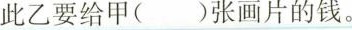
此乙要给甲( )张画片的钱。